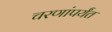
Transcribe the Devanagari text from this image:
चरणांपर्यंत